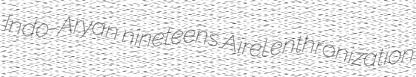
Indo-Aryan nineteens Airel enthronization